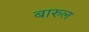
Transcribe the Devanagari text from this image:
बारुल